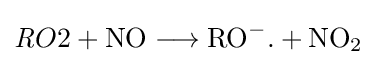
{{\mathit {R}}{O2}{}+{}{\mathit {\mathrm {NO} }}{}\mathrel {\longrightarrow } {}{\mathit {\mathrm {RO} }}{\vphantom {A}}^{-}{\text{.}}{}+{}{\mathit {\mathrm {NO} }}{\vphantom {A}}_{\smash[{t}]{2}}}